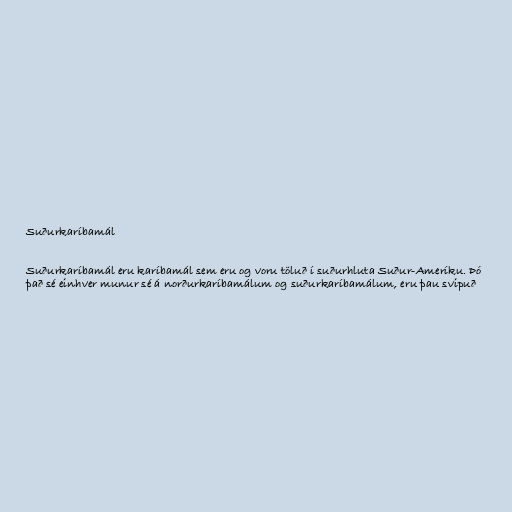
Suðurkaríbamál

Suðurkaríbamál eru karíbamál sem eru og voru töluð í suðurhluta Suður-Ameríku. Þó
það sé einhver munur sé á norðurkaríbamálum og suðurkaríbamálum, eru þau svipuð